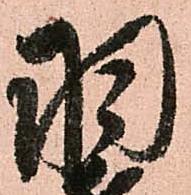
羽